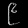
Digit: ၉